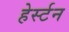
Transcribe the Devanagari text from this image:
हेर्स्टन